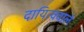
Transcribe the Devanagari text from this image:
दायित्ववाले